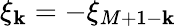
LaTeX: \xi_{\mathbf{k}}=-\xi_{M+1-\mathbf{k}}